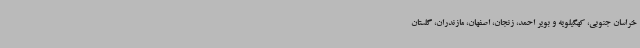
خراسان جنوبی، کهگیلویه و بویر احمد، زنجان، اصفهان، مازندران، گلستان